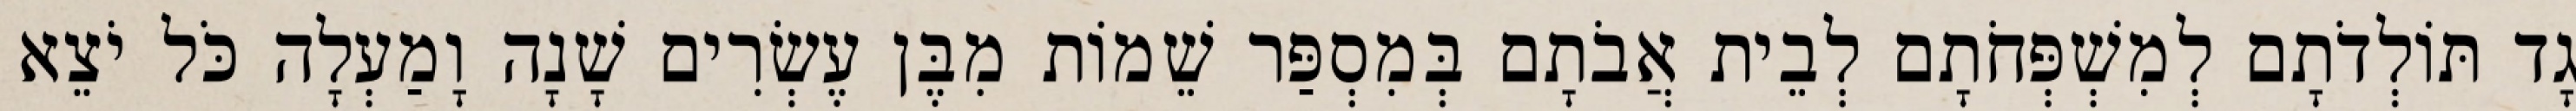
גָד תּוֹלְדֹתָם לְמִשְׁפְּחֹתָם לְבֵית אֲבֹתָם בְּמִסְפַּר שֵׁמוֹת מִבֶּן עֶשְׂרִים שָׁנָה וָמַעְלָה כֹּל יֹצֵא